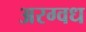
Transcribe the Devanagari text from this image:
अरग्वध